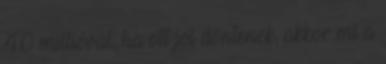
40 millióval, ha ott jól döntenek, akkor mi a